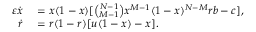
\begin{array} { r l } { \varepsilon \dot { x } } & { { } = x ( 1 - x ) [ \binom { N - 1 } { M - 1 } x ^ { M - 1 } ( 1 - x ) ^ { N - M } r b - c ] , } \\ { \dot { r } } & { { } = r ( 1 - r ) [ u ( 1 - x ) - x ] . } \end{array}